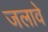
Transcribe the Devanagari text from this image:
जलावे